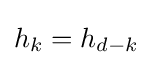
h_{k}=h_{d-k}